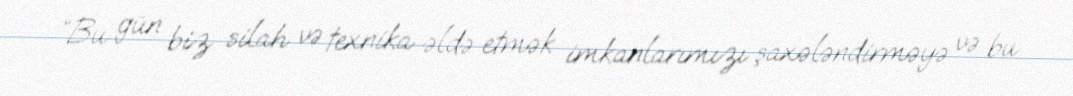
“Bu gün biz silah və texnika əldə etmək imkanlarımızı şaxələndirməyə və bu